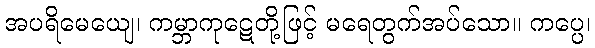
အပရိမေယျေ၊ ကမ္ဘာကုဋေတို့ဖြင့် မရေတွက်အပ်သော။ ကပ္ပေ၊